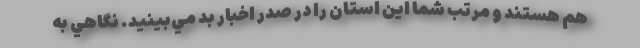
هم هستند و مرتب شما اين استان را در صدر اخبار بد مي‌بينيد. نگاهي به